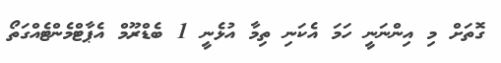
ގޮތަށް މި އިންނަނީ ހަމަ އެކަނި ތިމާ އުޅެނީ 1 ބެޑްރޫމް އެޕާޓްމެންޓެއްގަތޯ